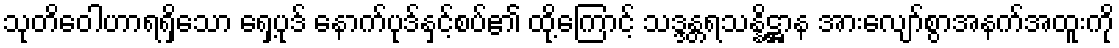
သုတိဝေါဟာရရှိသော ရှေ့ပုဒ် နောက်ပုဒ်နှင့်စပ်၏ ထို့ကြောင့် သဒ္ဒန္တရသန္နိဋ္ဌာန အားလျော်စွာအနက်အထူးကို